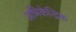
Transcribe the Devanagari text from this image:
अभिकेन्द्रिक